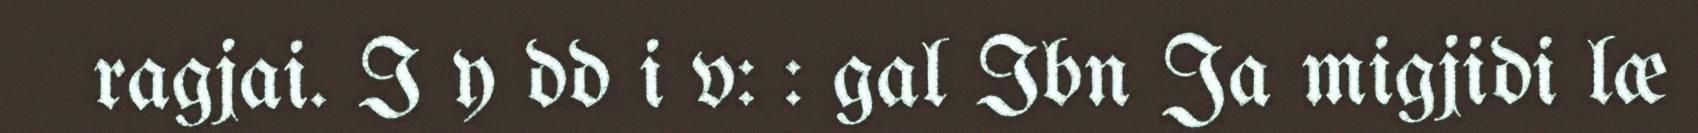
ragjai. I y dd i v: : gal Ibn Ja migjidi læ